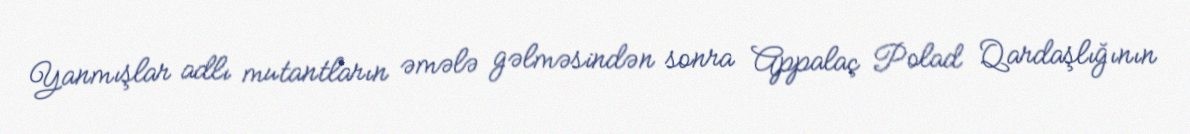
Yanmışlar adlı mutantların əmələ gəlməsindən sonra Appalaç Polad Qardaşlığının